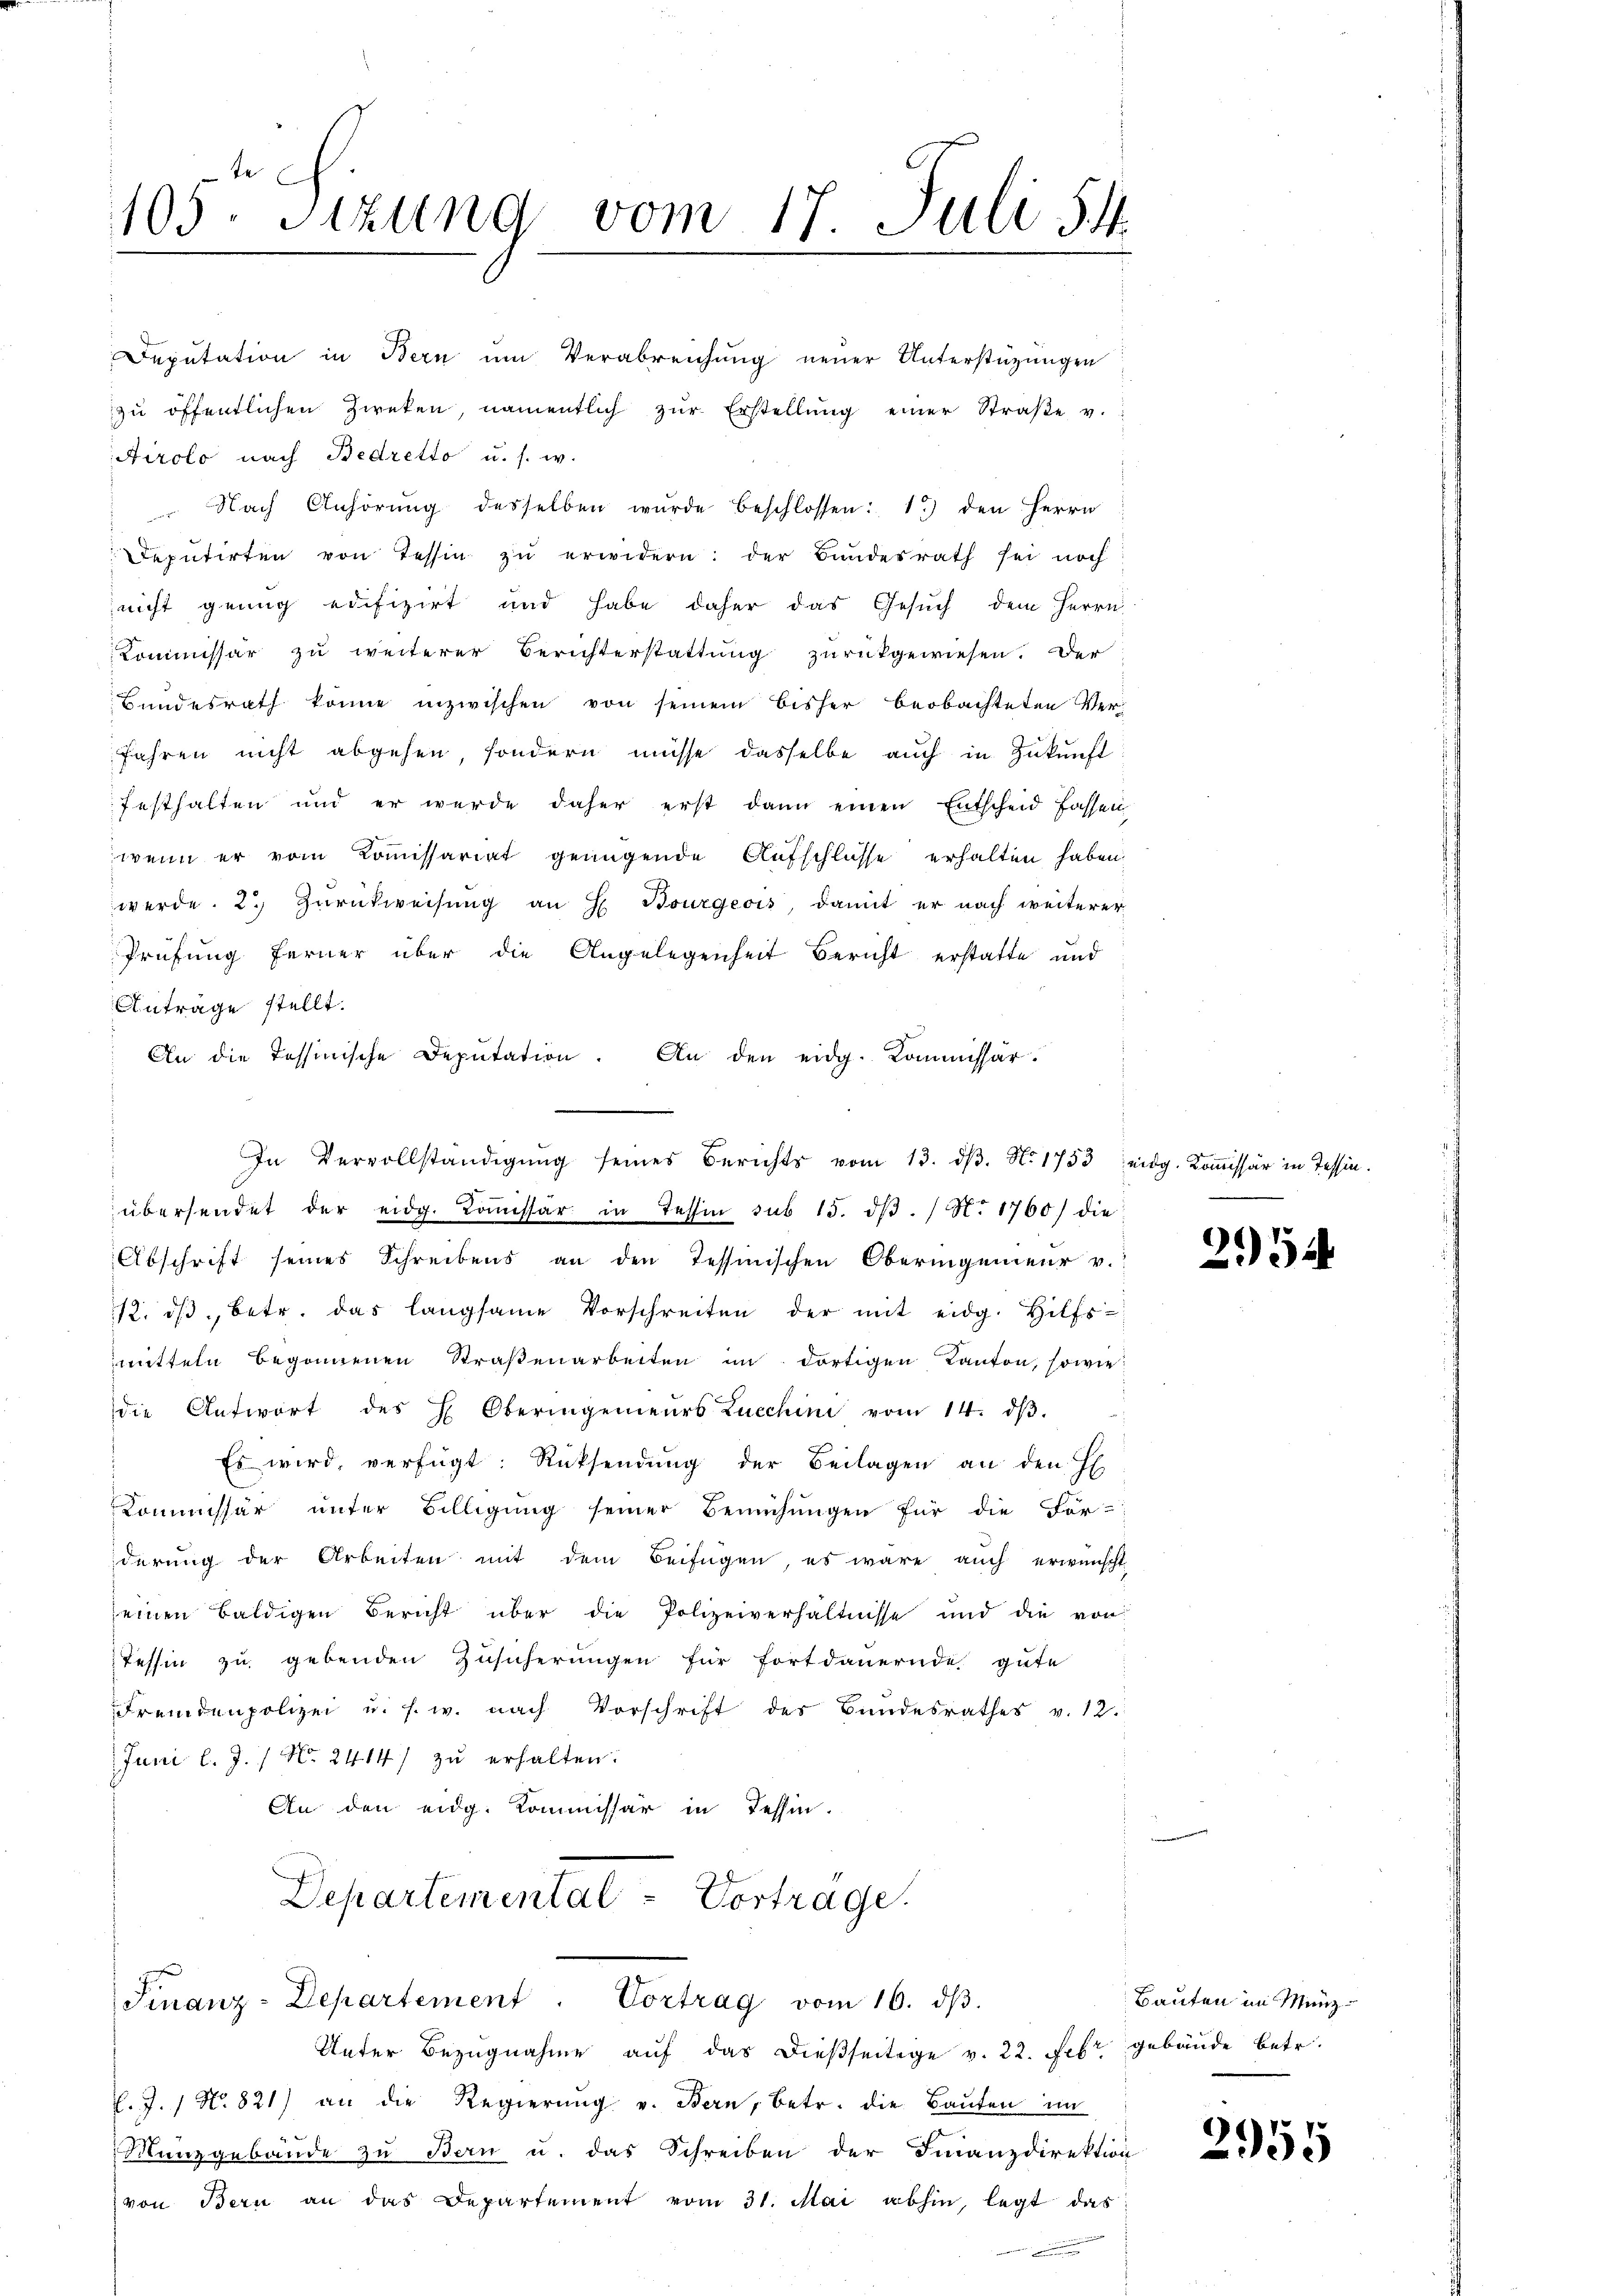
105. Sitzung vom 17. Juli 5.4.

Deputation in Bern um Verabreichung neuer Unterstützungen
zŭ öffentlichen Zweken, namentlich zŭr Erstellŭng einer Straβe v.
Airolo nach Bedretto u. s. w.
 Nach Anhörŭng desselben wurde beschlossen: 1.) den Herrn
Deputirten von Tessin zŭ erwidern: der Bundesrath sei noch
nicht genug edifizirt und habe daher das Gesuch dem Herrn
Kommissar zu weiterer Berichterstattung zurückgewiesen. Der
Bundesrath könne inzwischen von seinem bisher beobachteten Ver¬
Jahren nicht abgehen, sondern müsse dasselbe auch in Zukunft
festhalten und er werde daher erst dann einen Entscheid fassen
wenn er vom Comissariat genügende Aufschlusse erhalten haben.
werde. 2. Zurückweisung an H. Bourgeois, damit er nach weiterer
Prüfung ferner über die Angelegenheit Bericht erstatte und
Antrage stellt.
An die Tessinische Deputation. An den eidg. Kommissär.
übersendet der eidg. Koṁissar in Tessin sub 15. dβ. / N. 1760) die
Abschrift seines Schreibens an den Tessinischen Oberingenieur v.
12. dβ betr. das langsame Vorschreiten der mit eidg. Hilfs-
mitteln begonnenen Straßenarbeiten in dortigen Kanton, sowie
die Antwort des H. Oberingenieurs Zuechini vom 14. dβ.
Es wird, verfügt: Rücksendŭng der Beilagen an den H
Kommissär unter Billigung seiner Bemühŭngen für die För-
derung der Arbeiten mit dem Beifügen, es wäre auch erwünscht
einen baldigen Bericht über die Polizeiverhältnisse und die von
Tessin zu gebenden Zusicherungen für fortdauernde gute
Fremdenpolizei u. s. w. nach Vorschrift des Bundesrathes v. 12.
Juni l. J. / No. 2414/ zŭ erhalten.
An den eidg. Kommissär in Tessin.
Departemental = Vortrage.
Finanz-Departement. Vortrag vom 16. dβ.
Unter Bezugnahme auf das dießseitige v. 22. Febr. gebäude betr.
C. J. 1 No 821) an die Regierŭng v. Bern, betr. die Baŭten im
Manzgebäude zu Bern u. das Schreiben der Finanzdirektion
von Bern an das Departement vom 31. Mai abhin, legt das

In Vervollständigung seines Berichts vom 13. dβ. No. 1753 eidg. Kommissär in Tessin.

2954

Bauten im Münz¬

2955